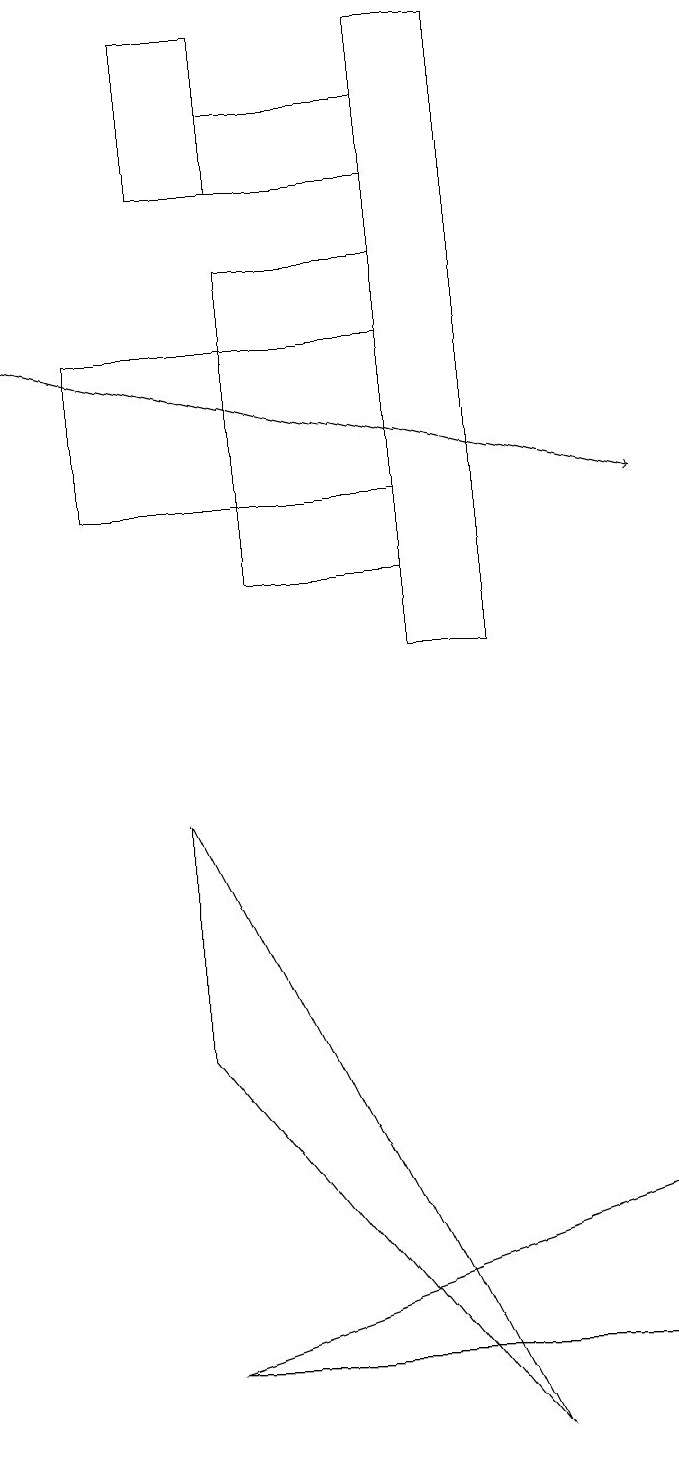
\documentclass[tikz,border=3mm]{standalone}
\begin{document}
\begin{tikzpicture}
\draw (6,12) rectangle (4,16);
\draw[->] (1,15) -- (9,13);
\draw (2,15) rectangle (6,13);
\draw (9,2) -- (9,4) -- (3,2) -- cycle;
\draw (7,11) rectangle (6,19);
\draw (4,19) rectangle (3,17);
\draw (3,6) -- (3,9) -- (7,1) -- cycle;
\draw (4,18) rectangle (6,17);
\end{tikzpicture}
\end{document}